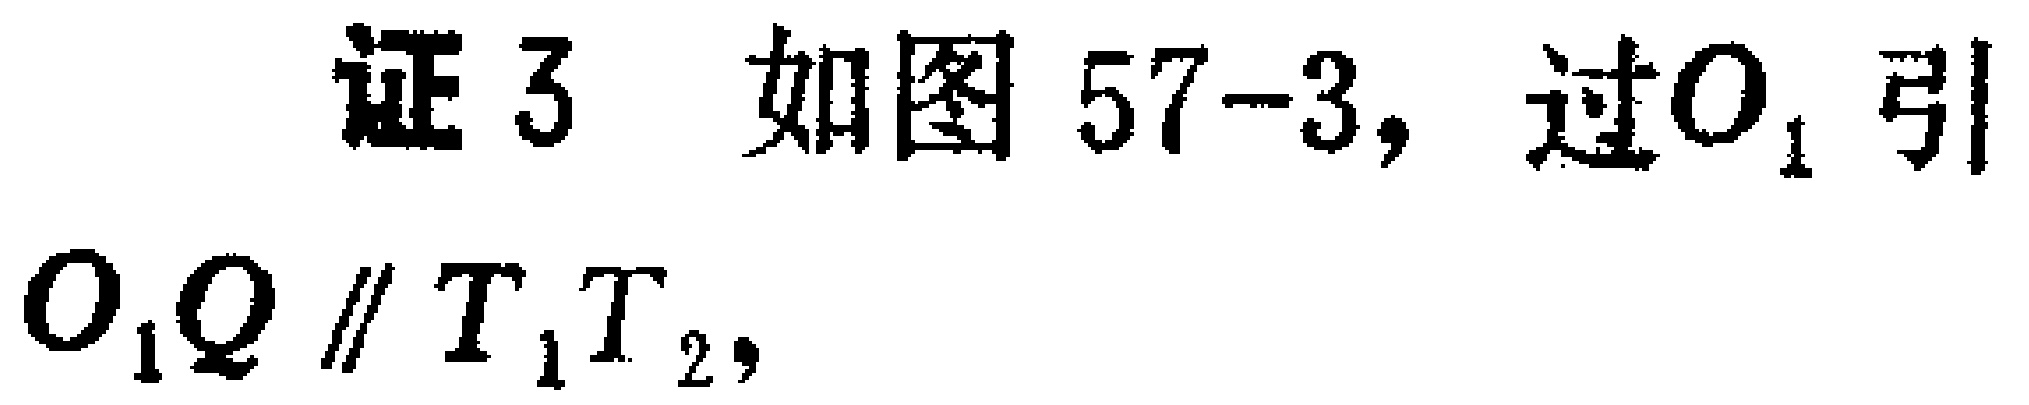
证3 如图57-3, 过\(O_{1}\)引\(O_{1}Q \parallel T_{1}T_{2}\)，